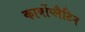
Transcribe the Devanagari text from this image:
कार्बोप्लैटिन